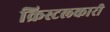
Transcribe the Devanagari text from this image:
क्रिस्टलकारी